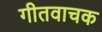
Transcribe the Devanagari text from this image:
गीतवाचक